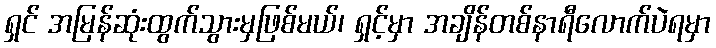
ရှင် အမြန်ဆုံးထွက်သွားမှဖြစ်မယ်၊ ရှင့်မှာ အချိန်တစ်နာရီလောက်ပဲရမှာ